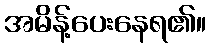
အမိန့်ပေးနေရ၏။